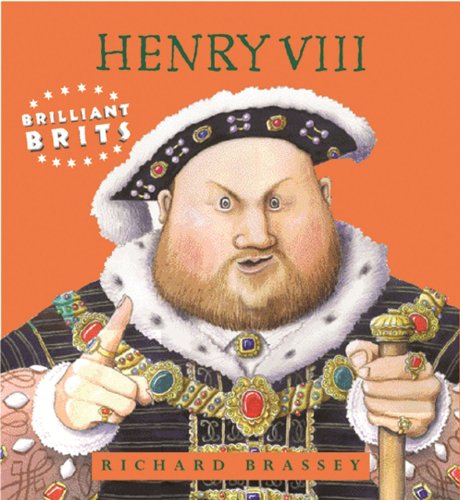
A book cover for Brilliant Brits: Henry VIII; Richard Brassey; Biographies & Memoirs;